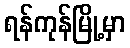
ရန်ကုန်မြို့မှာ